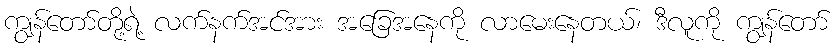
ကျွန်တော်တို့ရဲ့ လက်နက်အင်အား အခြေအနေကို လာမေးနေတယ်၊ ဒီလူကို ကျွန်တော်